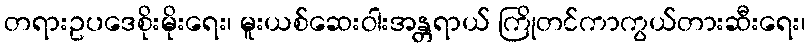
တရားဥပဒေစိုးမိုးရေး၊ မူးယစ်ဆေးဝါးအန္တရာယ် ကြိုတင်ကာကွယ်တားဆီးရေး၊